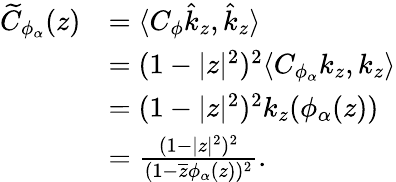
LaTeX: \begin{array}{rl}{\widetilde{C}_{\phi_{\alpha}}(z)}&{=\langle C_{\phi}\hat{k}_{z},\hat{k}_{z}\rangle}\\ &{=(1-|z|^{2})^{2}\langle C_{\phi_{\alpha}}{k_{z}},{k_{z}}\rangle}\\ &{=(1-|z|^{2})^{2}k_{z}(\phi_{\alpha}(z))}\\ &{=\frac{(1-|z|^{2})^{2}}{(1-\overline{{z}}\phi_{\alpha}(z))^{2}}.}\end{array}